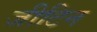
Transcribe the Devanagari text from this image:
जीटिन